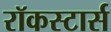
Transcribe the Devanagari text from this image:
रॉकस्टार्स